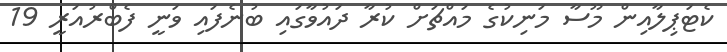
ކެޓަޕިލާއިން މޫސާ މަނިކުގެ މައްޗަށް ކުރާ ދައުވާގައި ބުނެފައި ވަނީ ފެބްރުއަރީ 19